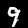
Label: 9